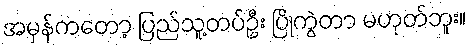
အမှန်ကတော့ ပြည်သူ့တပ်ဦး ပြိုကွဲတာ မဟုတ်ဘူး။